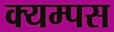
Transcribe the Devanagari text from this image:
क्यम्पस